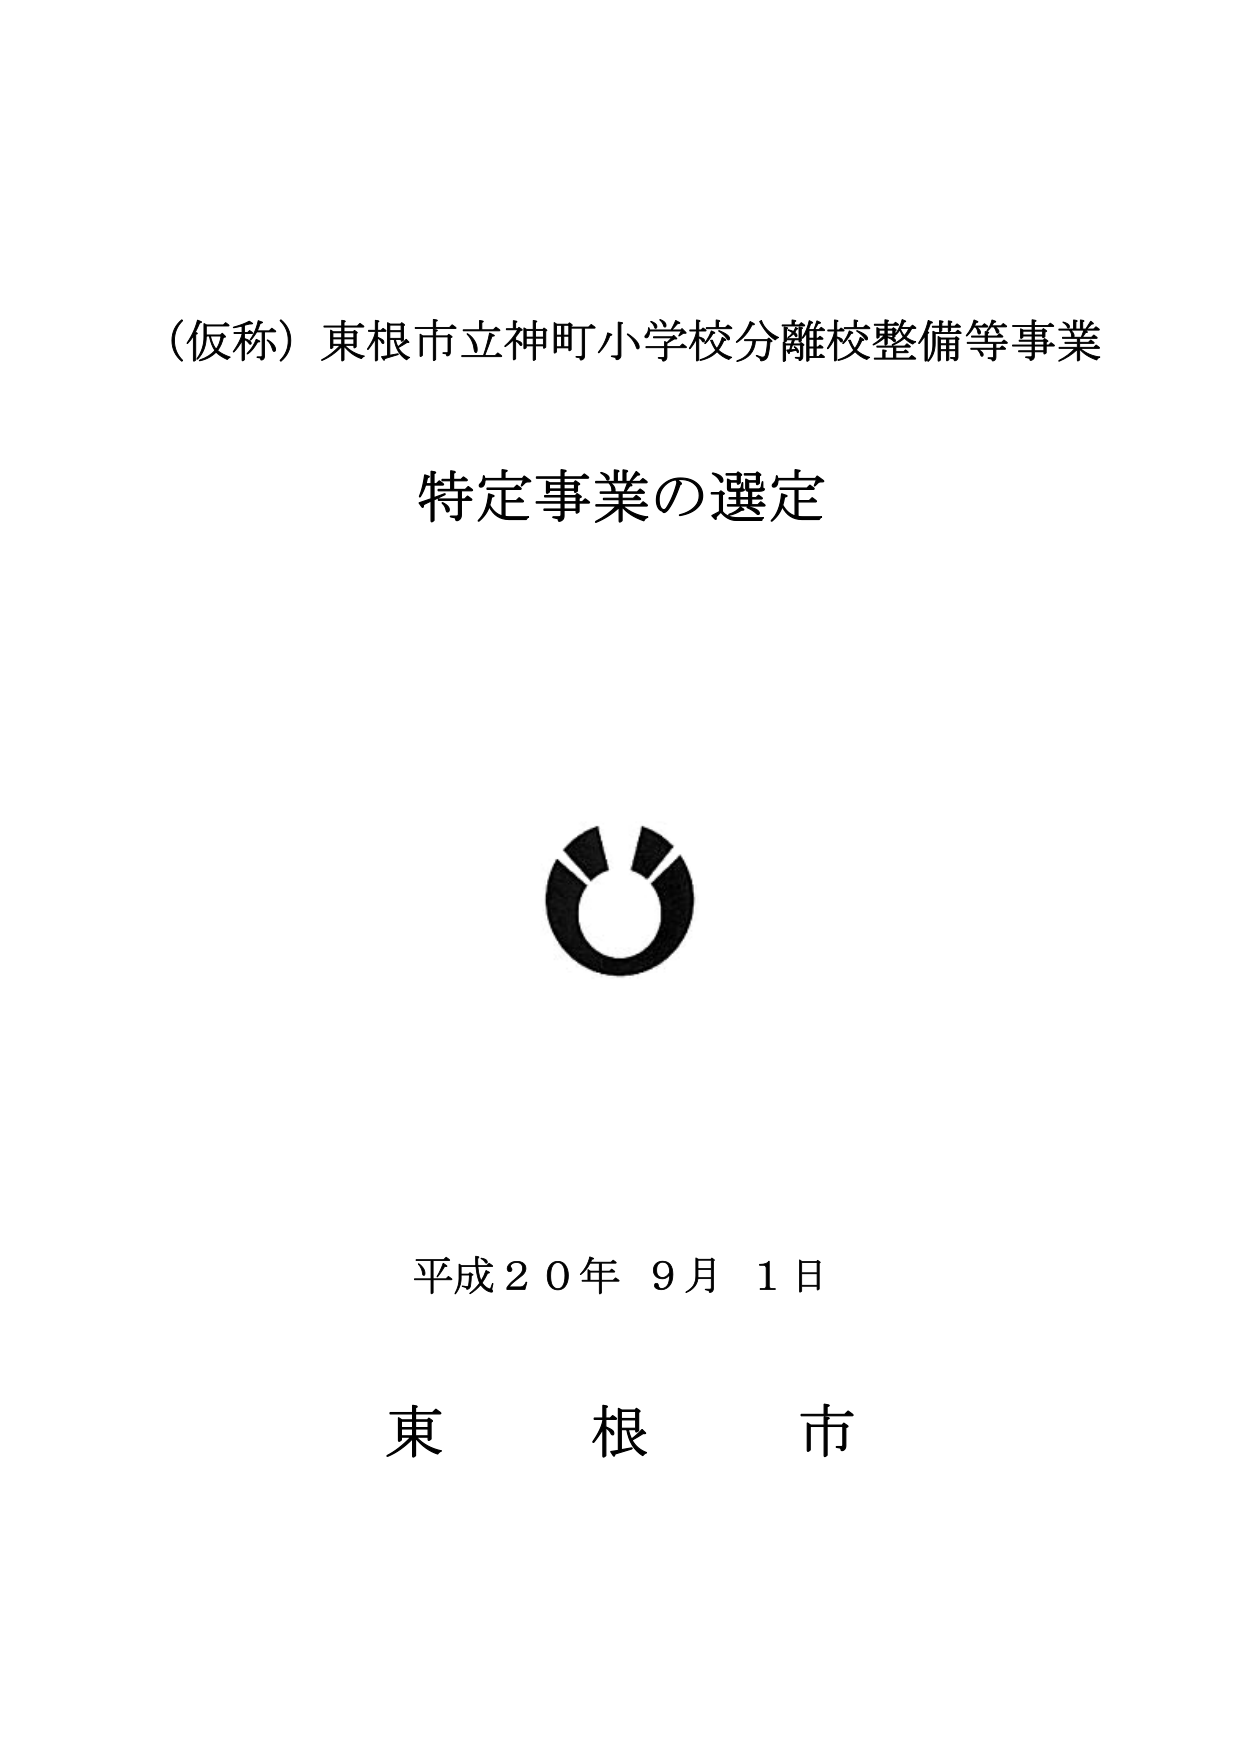
（仮称）東根市立神町小学校分離校整備等事業
特定事業の選定

平成２０年９月１日
東　根　市